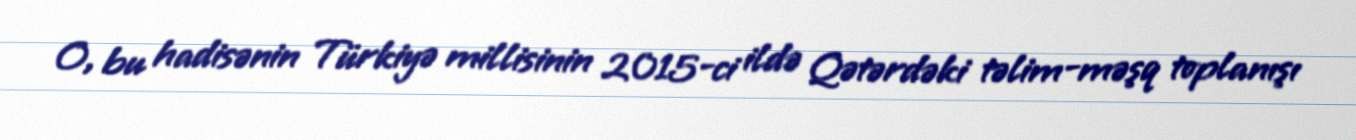
O, bu hadisənin Türkiyə millisinin 2015-ci ildə Qətərdəki təlim-məşq toplanışı